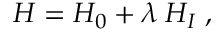
H = H _ { 0 } + \lambda \; H _ { I } \; ,